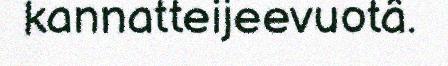
kannatteijeevuotâ.